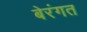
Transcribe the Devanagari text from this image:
बेरंगत